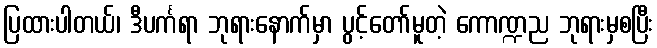
ပြထားပါတယ်၊ ဒီပင်္ကရာ ဘုရားနောက်မှာ ပွင့်တော်မူတဲ့ ကောဏ္ဍည ဘုရားမှစပြီး